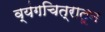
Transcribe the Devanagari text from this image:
व्यंगचित्रातून